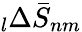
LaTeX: \phantom{}_{l}\Delta\bar{S}_{nm}